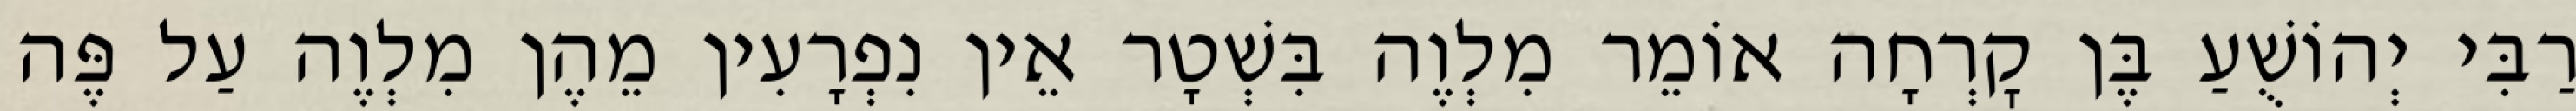
רַבִּי יְהוֹשֻׁעַ בֶּן קׇרְחָה אוֹמֵר מִלְוֶה בִּשְׁטָר אֵין נִפְרָעִין מֵהֶן מִלְוֶה עַל פֶּה